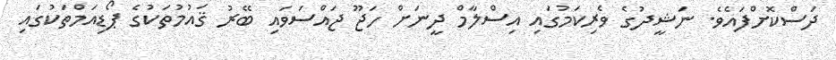
ދަސްކޮށްފައެވެ. ނަޝީދުގެ ވެރިކަމުގައި އިސްލާމް ދީނަށް ހަޖޫ ޖައްސަވައި ބޭރު ޤައުމުތަކުގެ ޕޯޑިއަމްތަކުގައި